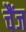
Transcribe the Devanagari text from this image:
चैंज